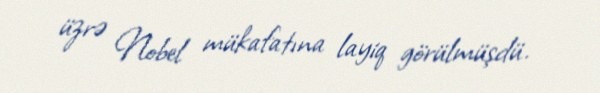
üzrə Nobel mükafatına layiq görülmüşdü.